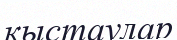
кыстаулар